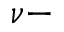
\nu -